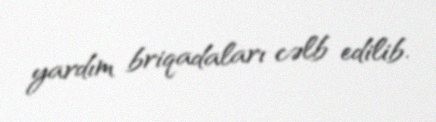
yardım briqadaları cəlb edilib.